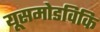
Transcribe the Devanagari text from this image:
यूसमोडविकि